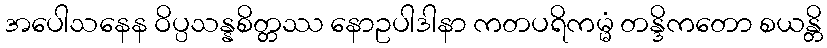
အပေါသနေန ဝိပ္ပသန္နစိတ္တဿ နောဥပါဒါနာ ကတပရိကမ္မံ တန္ဒိကတော စယန္တိ